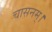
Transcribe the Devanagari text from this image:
चासनम्‌।